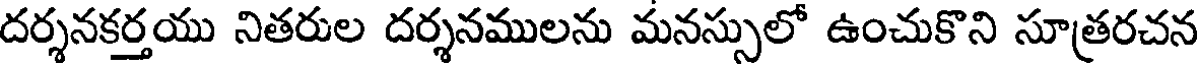
దర్శనకర్తయు నితరుల దర్శనములను మనస్సులో ఉంచుకొని సూత్రరచన